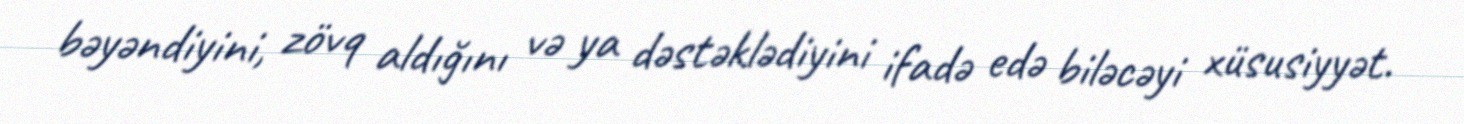
bəyəndiyini, zövq aldığını və ya dəstəklədiyini ifadə edə biləcəyi xüsusiyyət.